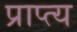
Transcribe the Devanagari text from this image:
प्राप्त्य